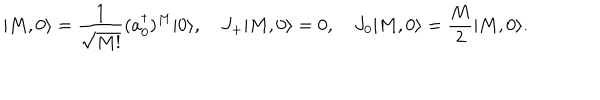
| M , 0 \rangle = { \frac { 1 } { \sqrt { M ! } } } ( a _ { 0 } ^ { \dagger } ) ^ { M } | 0 \rangle , \quad J _ { + } | M , 0 \rangle = 0 , \quad J _ { 0 } | M , 0 \rangle = { \frac { M } { 2 } } | M , 0 \rangle .